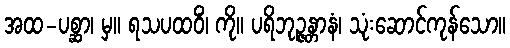
အထ-ပစ္ဆာ၊ မှ။ ရသပထဝိံ၊ ကို။ ပရိဘုဉ္ဇန္တာနံ၊ သုံးဆောင်ကုန်သော။